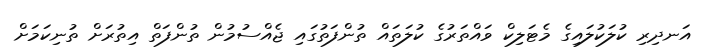
އަނދިރި ކުލަކުލައިގެ މެޓަލިކް ވައްތަރުގެ ކުލަތައް ތުންފަތުގައި ޖެއްސުމުން ތުންފަތް އިތުރަށް ތުނިކަމަށް